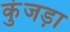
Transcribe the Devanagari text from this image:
कुंजड़ा